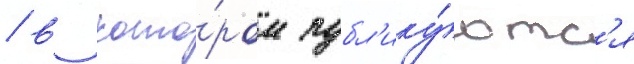
/ в кото́ром публ'ику́ютс'я